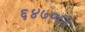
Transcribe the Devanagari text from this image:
६४७०८३